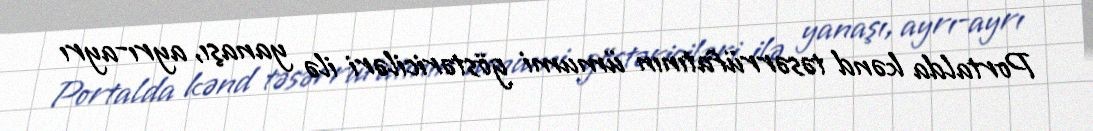
Portalda kənd təsərrüfatının ümumi göstəriciləri ilə yanaşı, ayrı-ayrı